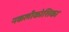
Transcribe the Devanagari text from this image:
नकलीकोशिका